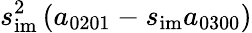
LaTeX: s_{\mathrm{im}}^{2}\left(a_{0201}-s_{\mathrm{im}}a_{0300}\right)